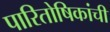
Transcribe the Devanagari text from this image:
पारितोषिकांची